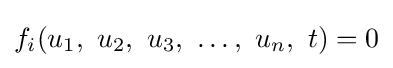
f_{i}(u_{1},\ u_{2},\ u_{3},\ \ldots ,\ u_{n},\ t)=0